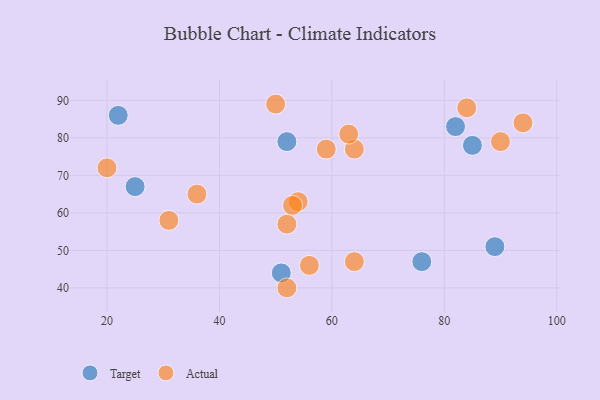
{"axis": {"x": "GDP", "y": "Life Expectancy"}, "legend": ["Actual", "Target"], "data": [{"x": "76", "y": 47, "type": "Target"}, {"x": "82", "y": 83, "type": "Target"}, {"x": "51", "y": 44, "type": "Target"}, {"x": "52", "y": 79, "type": "Target"}, {"x": "25", "y": 67, "type": "Target"}, {"x": "85", "y": 78, "type": "Target"}, {"x": "22", "y": 86, "type": "Target"}, {"x": "89", "y": 51, "type": "Target"}, {"x": "59", "y": 77, "type": "Actual"}, {"x": "52", "y": 57, "type": "Actual"}, {"x": "94", "y": 84, "type": "Actual"}, {"x": "64", "y": 77, "type": "Actual"}, {"x": "84", "y": 88, "type": "Actual"}, {"x": "52", "y": 40, "type": "Actual"}, {"x": "90", "y": 79, "type": "Actual"}, {"x": "54", "y": 63, "type": "Actual"}, {"x": "20", "y": 72, "type": "Actual"}, {"x": "50", "y": 89, "type": "Actual"}, {"x": "53", "y": 62, "type": "Actual"}, {"x": "56", "y": 46, "type": "Actual"}, {"x": "36", "y": 65, "type": "Actual"}, {"x": "64", "y": 47, "type": "Actual"}, {"x": "31", "y": 58, "type": "Actual"}, {"x": "63", "y": 81, "type": "Actual"}]}